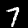
Digit: 7